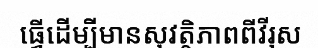
ធ្វើដើម្បីមានសុវត្ថិភាពពីវីរុស